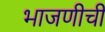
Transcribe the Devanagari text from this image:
भाजणीची